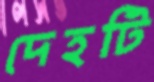
দেহটি